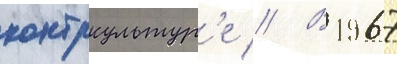
контркультур'е // В 1967